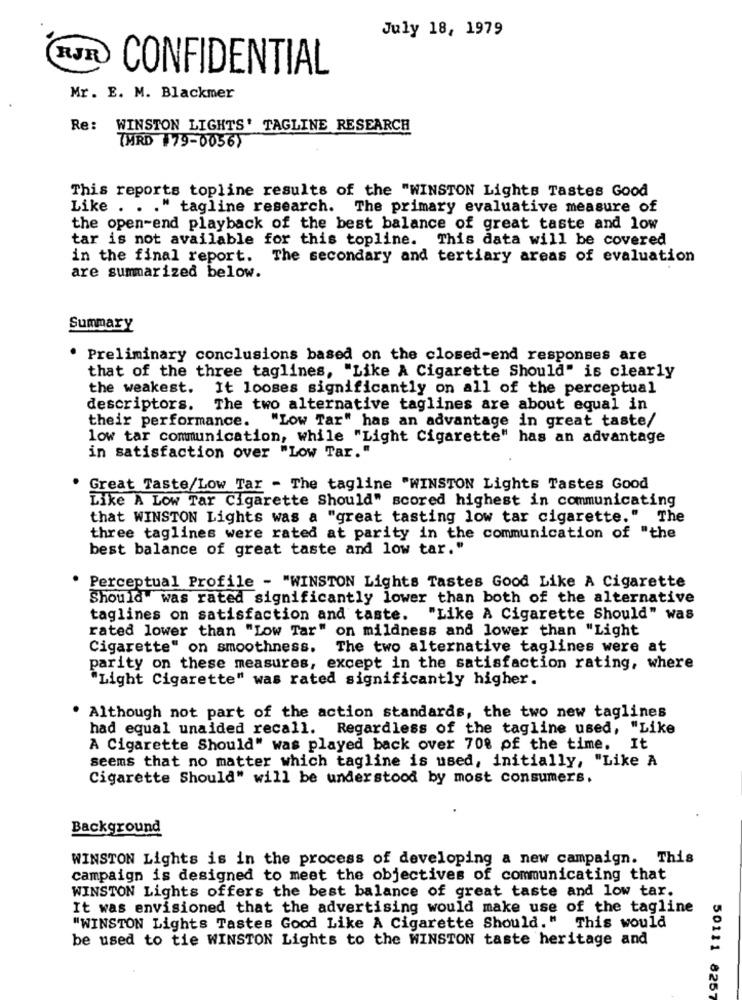
July 18, 1979
RJR
CONFIDENTIAL
Mr. E. M. Blackmer
Re: WINSTON LIGHTS' TAGLINE RESEARCH
7MRD #79-0056)
This reports topline results of the "WINSTON Lights Tastes Good
Like . .
tagline research. The primary evaluative measure of
the open-end playback of the best balance of great taste and low
tar is not available for this topline. This data will be covered
in the final report. The secondary and tertiary areas of evaluation
are summarized below.
Summary
Preliminary conclusions based on the closed-end responses are
that of the three taglines, "Like A Cigarette Should" is clearly
the weakest.
It looses significantly on all of the perceptual
descriptors. The two alternative taglines are about equal in
their performance. "Low Tar" has an advantage in great taste/
low tar communication, while "Light Cigarette" has an advantage
in satisfaction over "Low Tar."
Great Taste/Low Tar - The tagline "WINSTON Lights Tastes Good
Like A Low Tar Cigarette Should" scored highest in communicating
that WINSTON Lights was a "great tasting low tar cigarette." The
three taglines were rated at parity in the communication of "the
best balance of great taste and low tar."
Perceptual Profile - "WINSTON Lights Tastes Good Like A Cigarette
Should" was rated significantly lower than both of the alternative
taglines on satisfaction and taste.
""Like A Cigarette Should" was
rated lower than "Low Tar" on mildness and lower than "Light
Cigarette" on smoothness.
The two alternative taglines were at
parity on these measures, except in the satisfaction rating, where
"Light Cigarette" was rated significantly higher.
Although not part of the action standards, the two new taglines
had equal unaided recall. Regardless of the tagline used, "Like
A Cigarette Should" was played back over 70% of the time. It
seems that no matter which tagline is used, initially, "Like A
Cigarette Should" will be understood by most consumers.
Background
WINSTON Lights is in the process of developing a new campaign. This
campaign is designed to meet the objectives of communicating that
WINSTON Lights offers the best balance of great taste and low tar.
It was envisioned that the advertising would make use of the tagline
"WINSTON Lights Tastes Good Like A Cigarette Should." This would
be used to tie WINSTON Lights to the WINSTON taste heritage and
50111 8257